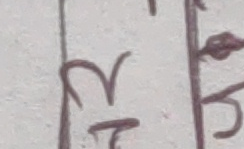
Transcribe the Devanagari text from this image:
२ ८